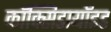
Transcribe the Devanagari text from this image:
कॉक्सिडायॉइड